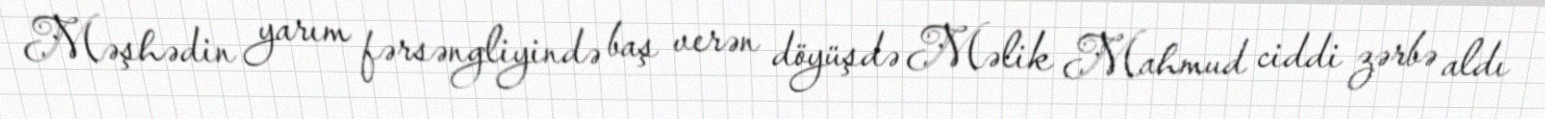
Məşhədin yarım fərsəngliyində baş verən döyüşdə Məlik Mahmud ciddi zərbə aldı